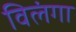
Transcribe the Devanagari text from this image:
विलंगा